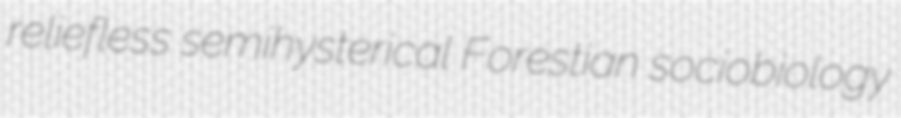
reliefless semihysterical Forestian sociobiology